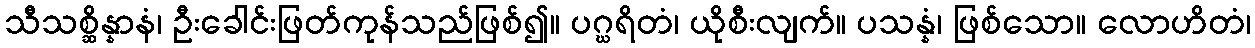
သီသစ္ဆိန္နာနံ၊ ဦးခေါင်းဖြတ်ကုန်သည်ဖြစ်၍။ ပဂ္ဃရိတံ၊ ယိုစီးလျက်။ ပသန္နံ၊ ဖြစ်သော။ လောဟိတံ၊